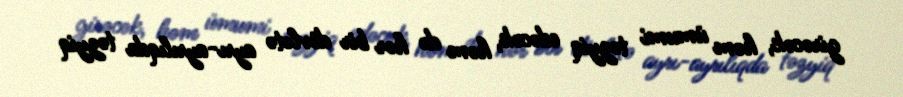
girəcək, həm ümumi təzyiq edəcək, həm də hər bir dövlətə ayrı-ayrılıqda təzyiq